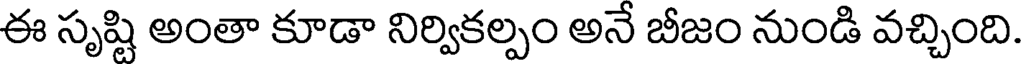
ఈ సృష్టి అంతా కూడా నిర్వికల్పం అనే బీజం నుండి వచ్చింది.